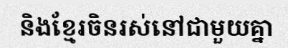
និងខ្មែរចិនរស់នៅជាមួយគ្នា